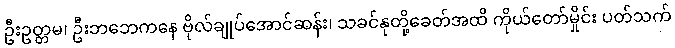
ဦးဥတ္တမ၊ ဦးဘဘေကနေ ဗိုလ်ချုပ်အောင်ဆန်း၊ သခင်နုတို့ခေတ်အထိ ကိုယ်တော်မှိုင်း ပတ်သက်